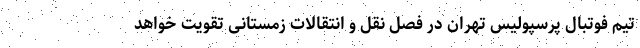
تیم فوتبال پرسپولیس تهران در فصل نقل و انتقالات زمستانی تقویت خواهد